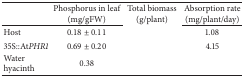
<table><thead><tr><td>[EMPTY_CELL]</td><td><b>Phosphorus in leaf(mg/gFW)</b></td><td><b>Total biomass (g/plant)</b></td><td><b>Absorption rate(mg/plant/day)</b></td></tr></thead><tbody><tr><td>Host</td><td>0.18 ± 0.11</td><td>[EMPTY_CELL]</td><td>1.08</td></tr><tr><td>35S::At<i>PHR1 </i></td><td>0.69 ± 0.20</td><td>[EMPTY_CELL]</td><td>4.15</td></tr><tr><td>Water hyacinth</td><td>0.38</td><td>[EMPTY_CELL]</td><td>[EMPTY_CELL]</td></tr></tbody></table>